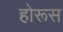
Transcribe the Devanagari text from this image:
होरूस